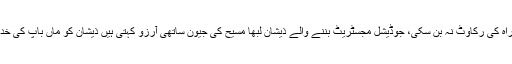
غربت جس کی راہ کی رکاوٹ نہ بن سکی، جوڈیشل مجسٹریٹ بننے والے ذیشان لبھا مسیح کی جیون ساتھی آرزو کہتی ہیں ذیشان کو ماں باپ کی خدمت کا صلہ ملا۔